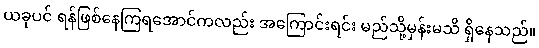
ယခုပင် ရန်ဖြစ်နေကြရအောင်ကလည်း အကြောင်းရင်း မည်သို့မှန်းမသိ ရှိနေသည်။